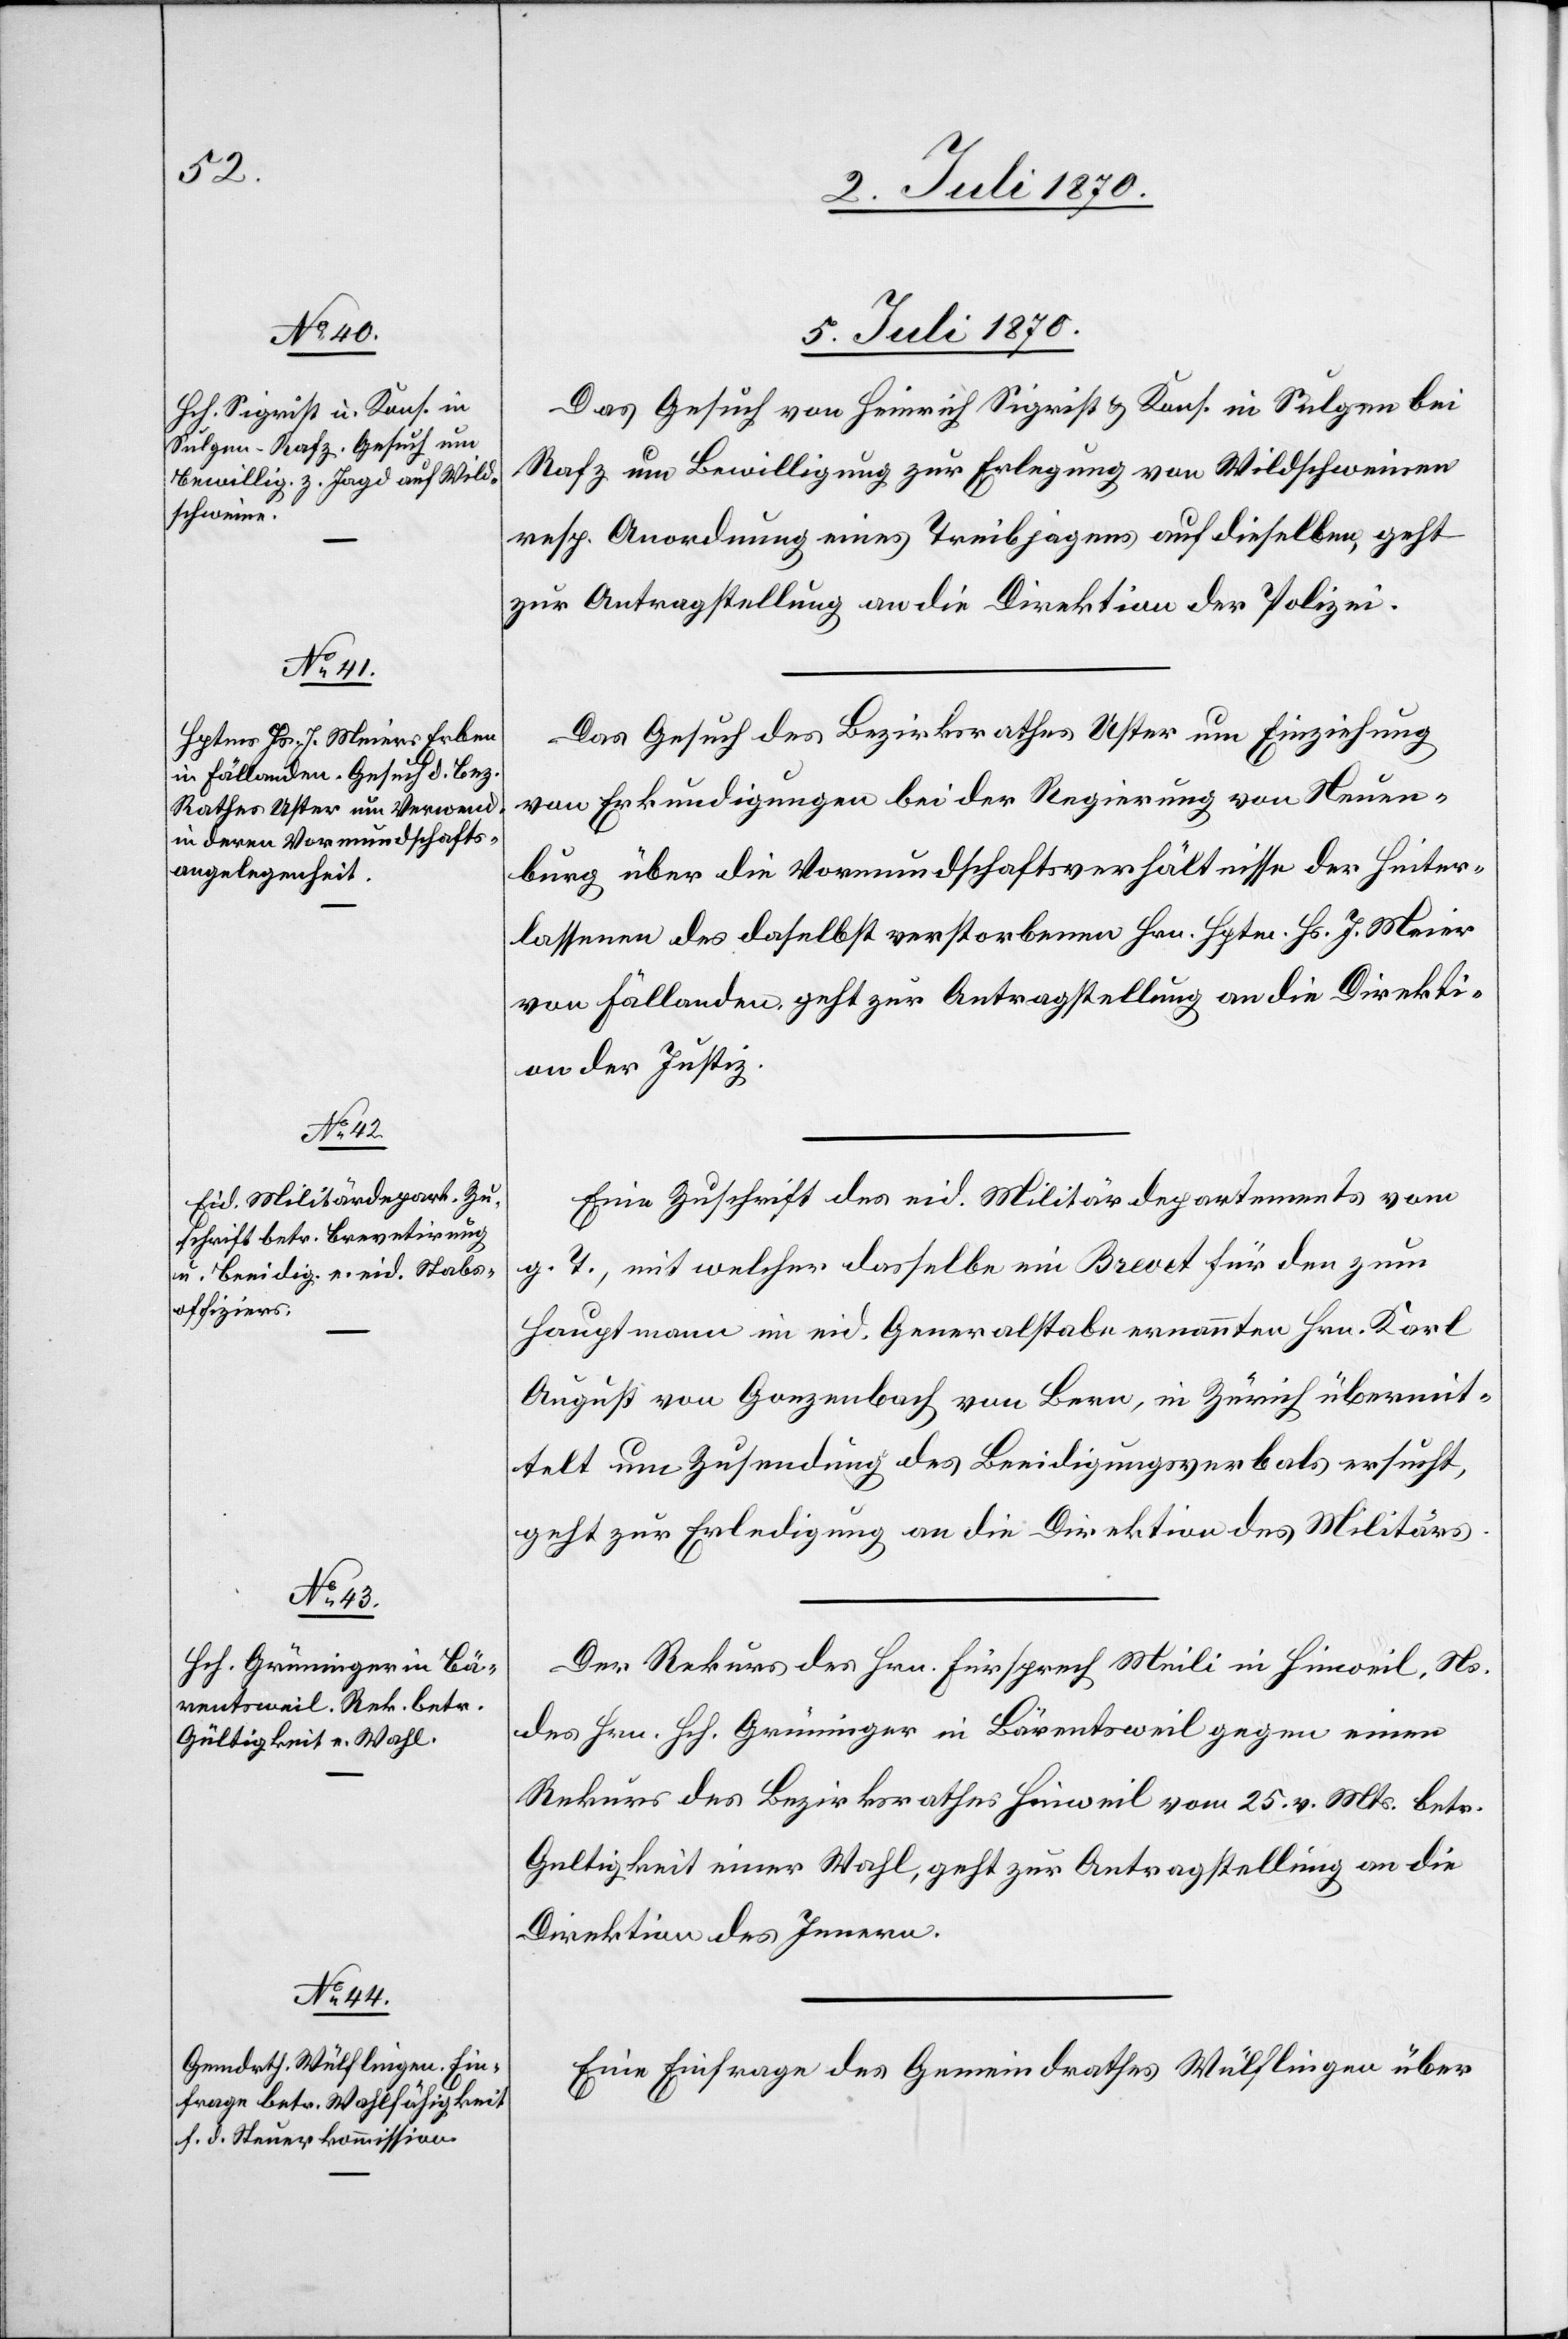
5. Juli 1870.]
Das Gesuch von Heinrich Sigrist & Kons. in Sulgen bei
Rafz um Bewilligung zur Erlegung von Wildschweinen
resp. Anordnung eines Treibjagens auf dieselben, geht
zur Antragstellung an die Direktion der Polizei.
Das Gesuch des Bezirksrathes Uster um Einziehung
von Erkundigungen bei der Regierung von Neuen¬
burg über die Vormundschaftsverhältnisse der Hinter¬
lassenen des daselbst verstorbenen Hrn. Hptm. Hs. J. Meier
von Fällanden, geht zur Antragstellung an die Direkti¬
on der Justiz.
Eine Zuschrift des eid. Militärdepartements vom
g. T., mit welcher dasselbe ein Brevet für den zum
Hauptmann im eid. Generalstabe ernannten Hrn. Karl
August von Gonzenbach von Bern, in Zürich übermit¬
telt [und] um Zusendung des Beeidigungsverbals ersucht,
geht zur Erledigung an die Direktion des Militärs.
Der Rekurs des Hrn. Fürsprech Meili in Hinweil, Ns.
des Hrn. Hch. Grüninger in Bärentsweil gegen einen
Rekurs des Bezirksrathes Hinweil vom 25. v. Mts. betr.
Gültigkeit einer Wahl, geht zur Antragstellung an die
Direktion des Innern.
Eine Einfrage des Gemeindrathes Wülflingen über